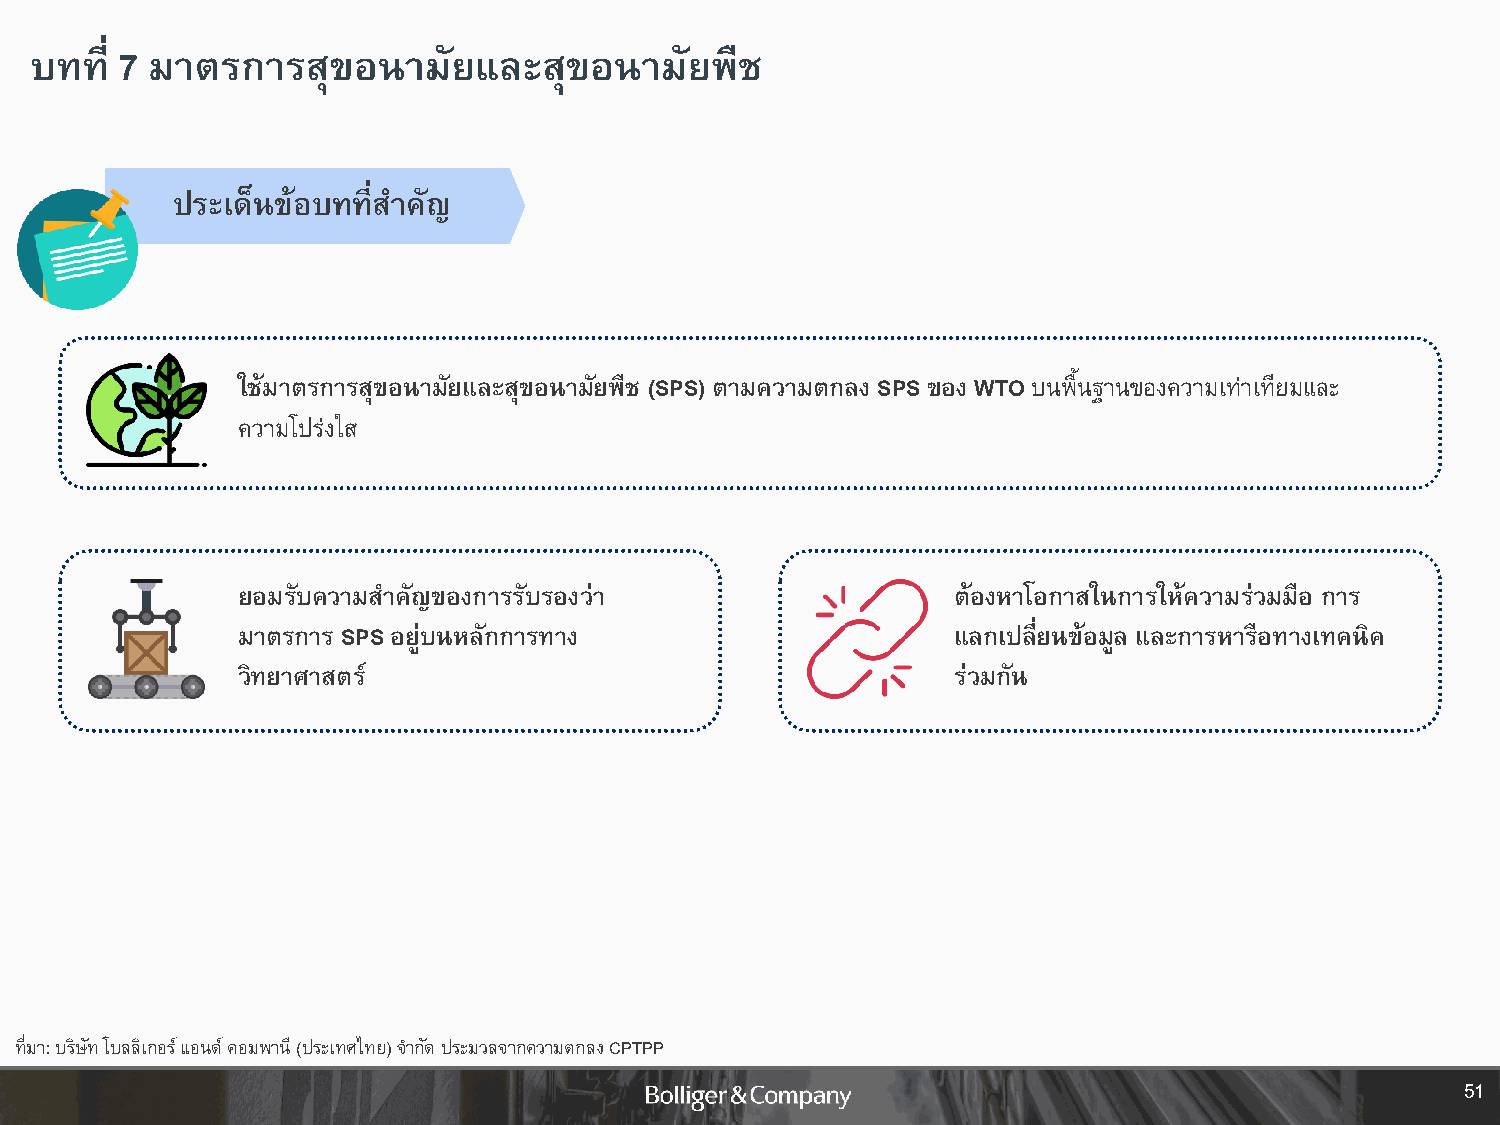
บทที่ 7 มาตรการสุขอนามัยและสุขอนามัยพืช
 ประเด็นข้อบทที่ส าคัญ
 ใช้มาตรการสุขอนามัยและสุขอนามัยพืช (SPS) ตามความตกลง SPS ของ WTO บนพื้นฐานของความเท่าเทียมและ
 ความโปร่งใส
 ยอมรับความส าคัญของการรับรองว่า                ต้องหาโอกาสในการให้ความร่วมมือ การ
 มาตรการ SPS อยู่บนหลักการทาง                   แลกเปลี่ยนข้อมูล และการหารือทางเทคนิค
 วิทยาศาสตร์                                    ร่วมกัน
 ที่มา: บริษัท โบลลิเกอร์ แอนด์ คอมพานี (ประเทศไทย) จ ากัด ประมวลจากความตกลง CPTPP
 51